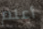
أعلم